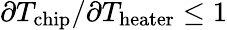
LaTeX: \partial T_{\mathrm{chip}}/\partial T_{\mathrm{heater}}\leq 1